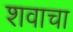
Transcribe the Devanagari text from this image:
शवाचा